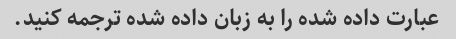
عبارت داده شده را به زبان داده شده ترجمه کنید.